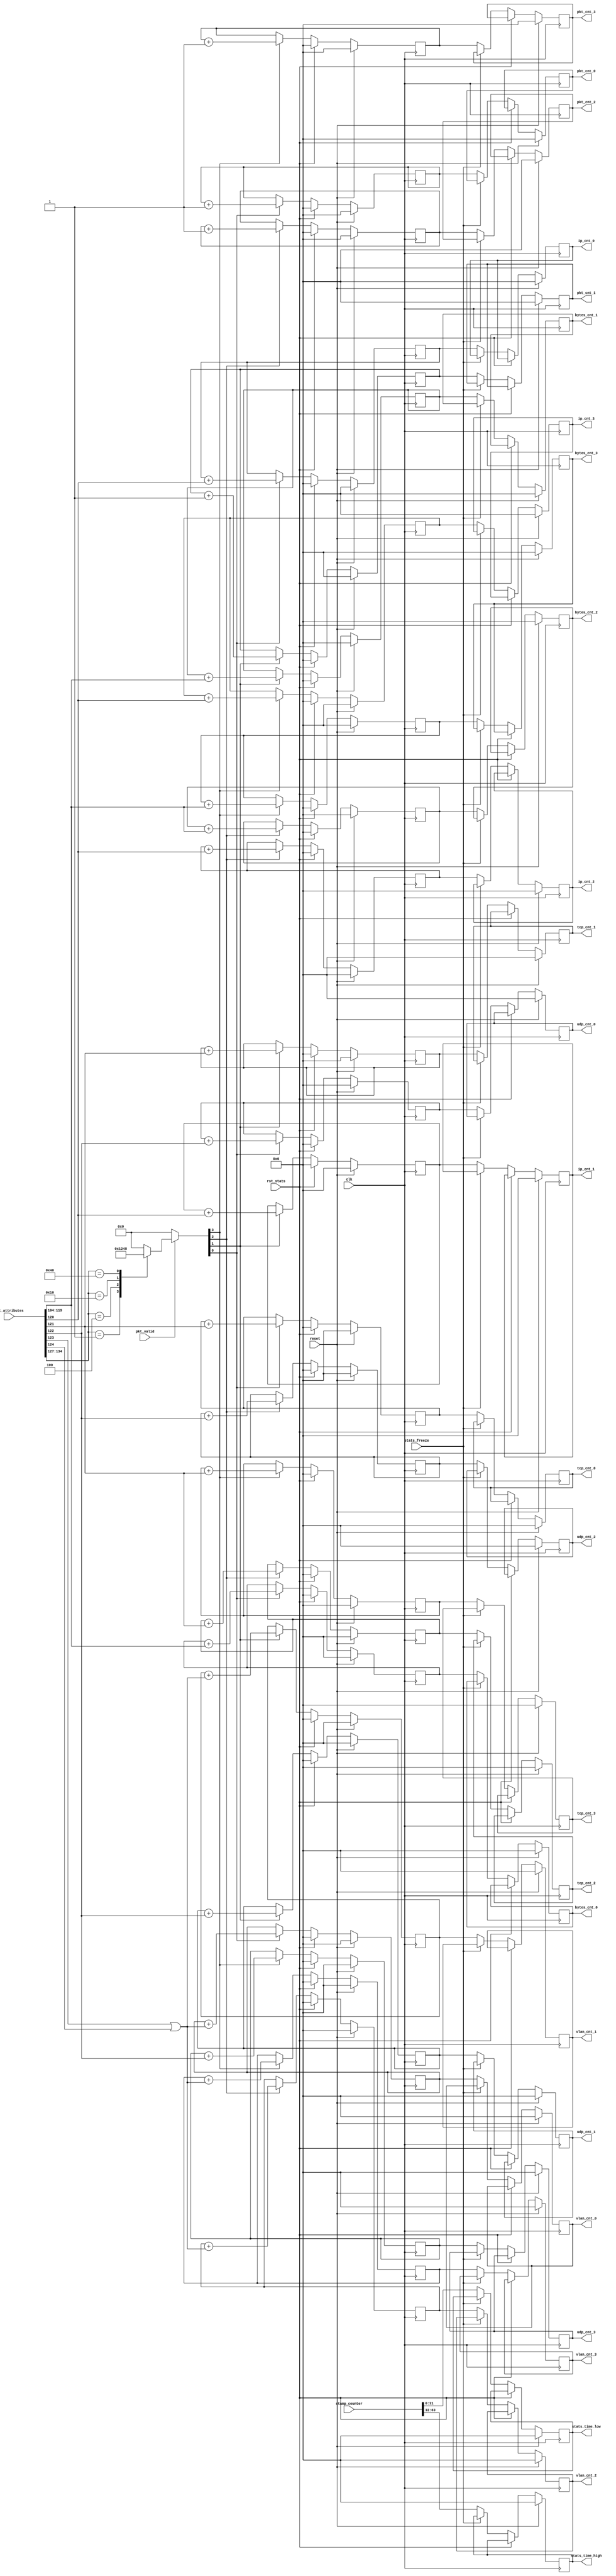
//
// Copyright (C) 2010, 2011 The Board of Trustees of The Leland Stanford
// Junior University
// Copyright (c) 2016 University of Cambridge
// All rights reserved.
//
// This software was developed by University of Cambridge Computer Laboratory
// under the ENDEAVOUR project (grant agreement 644960) as part of
// the European Union's Horizon 2020 research and innovation programme.
//
// @NETFPGA_LICENSE_HEADER_START@
//
// Licensed to NetFPGA Open Systems C.I.C. (NetFPGA) under one or more
// contributor license agreements. See the NOTICE file distributed with this
// work for additional information regarding copyright ownership. NetFPGA
// licenses this file to you under the NetFPGA Hardware-Software License,
// Version 1.0 (the License); you may not use this file except in compliance
// with the License.  You may obtain a copy of the License at:
//
// http://www.netfpga-cic.org
//
// Unless required by applicable law or agreed to in writing, Work distributed
// under the License is distributed on an "AS IS" BASIS, WITHOUT WARRANTIES OR
// CONDITIONS OF ANY KIND, either express or implied. See the License for the
// specific language governing permissions and limitations under the License.
//
// @NETFPGA_LICENSE_HEADER_END@
/*******************************************************************************
 *  File:
 *        stats_handler.v
 *
 *  Author:
 *        Gianni Antichi
 *
 *  Description:
 *        Hardwire the hardware interfaces to CPU and vice versa
 */

	module stats_handler
	#(
		parameter C_S_AXI_DATA_WIDTH = 32,
    		parameter TIMESTAMP_WIDTH =64,
		parameter ATTRIBUTE_DATA_WIDTH = 135,
		parameter NUM_INPUT_QUEUES =8,
		parameter TUPLE_WIDTH = 104,
		parameter BYTES_COUNT_WIDTH = 16
	)
	(
    	// Global Ports
    		input clk,
    		input reset,

	// packet attributes
		input [ATTRIBUTE_DATA_WIDTH-1:0] pkt_attributes,
		input	pkt_valid,

	// statistics	
                output [C_S_AXI_DATA_WIDTH-1:0] pkt_cnt_0,
                output [C_S_AXI_DATA_WIDTH-1:0] pkt_cnt_1,
                output [C_S_AXI_DATA_WIDTH-1:0] pkt_cnt_2,
                output [C_S_AXI_DATA_WIDTH-1:0] pkt_cnt_3,

                output [C_S_AXI_DATA_WIDTH-1:0] bytes_cnt_0,
                output [C_S_AXI_DATA_WIDTH-1:0] bytes_cnt_1,
                output [C_S_AXI_DATA_WIDTH-1:0] bytes_cnt_2,
                output [C_S_AXI_DATA_WIDTH-1:0] bytes_cnt_3,

                output [C_S_AXI_DATA_WIDTH-1:0] vlan_cnt_0,
                output [C_S_AXI_DATA_WIDTH-1:0] vlan_cnt_1,
                output [C_S_AXI_DATA_WIDTH-1:0] vlan_cnt_2,
                output [C_S_AXI_DATA_WIDTH-1:0] vlan_cnt_3,

                output [C_S_AXI_DATA_WIDTH-1:0] ip_cnt_0,
                output [C_S_AXI_DATA_WIDTH-1:0] ip_cnt_1,
                output [C_S_AXI_DATA_WIDTH-1:0] ip_cnt_2,
                output [C_S_AXI_DATA_WIDTH-1:0] ip_cnt_3,

                output [C_S_AXI_DATA_WIDTH-1:0] udp_cnt_0,
                output [C_S_AXI_DATA_WIDTH-1:0] udp_cnt_1,
                output [C_S_AXI_DATA_WIDTH-1:0] udp_cnt_2,
                output [C_S_AXI_DATA_WIDTH-1:0] udp_cnt_3,

                output [C_S_AXI_DATA_WIDTH-1:0] tcp_cnt_0,
                output [C_S_AXI_DATA_WIDTH-1:0] tcp_cnt_1,
                output [C_S_AXI_DATA_WIDTH-1:0] tcp_cnt_2,
                output [C_S_AXI_DATA_WIDTH-1:0] tcp_cnt_3,

                output [C_S_AXI_DATA_WIDTH-1:0] stats_time_high,
                output [C_S_AXI_DATA_WIDTH-1:0] stats_time_low,
 
	// stamp counter
                input [TIMESTAMP_WIDTH-1:0]     stamp_counter,

	// misc stats
                input                           stats_freeze,
                input                           rst_stats
	);

	//--------------------- Internal Parameter-------------------------

	localparam PHY0 = 8'b0000_0001;
	localparam PHY1 = 8'b0000_0100;
	localparam PHY2 = 8'b0001_0000;
	localparam PHY3 = 8'b0100_0000;

	localparam NUM_PHY = 4;

	localparam FLAG_IP = TUPLE_WIDTH+BYTES_COUNT_WIDTH;
	localparam FLAG_TCP = FLAG_IP + 1;
	localparam FLAG_UDP = FLAG_IP + 2;
	localparam FLAG_VLAN_Q = FLAG_IP + 3;
	localparam FLAG_VLAN_AD = FLAG_IP + 4;  

  	//---------------------- Wires and regs---------------------------

	reg [C_S_AXI_DATA_WIDTH-1:0] pkt_cnt [NUM_PHY-1:0];
        reg [C_S_AXI_DATA_WIDTH-1:0] bytes_cnt [NUM_PHY-1:0];
        reg [C_S_AXI_DATA_WIDTH-1:0] vlan_cnt [NUM_PHY-1:0];
        reg [C_S_AXI_DATA_WIDTH-1:0] ip_cnt [NUM_PHY-1:0];
        reg [C_S_AXI_DATA_WIDTH-1:0] tcp_cnt [NUM_PHY-1:0];
        reg [C_S_AXI_DATA_WIDTH-1:0] udp_cnt [NUM_PHY-1:0];

        reg [C_S_AXI_DATA_WIDTH-1:0] pkt_cnt_tmp [NUM_PHY-1:0];
        reg [C_S_AXI_DATA_WIDTH-1:0] bytes_cnt_tmp [NUM_PHY-1:0];
        reg [C_S_AXI_DATA_WIDTH-1:0] vlan_cnt_tmp [NUM_PHY-1:0];
        reg [C_S_AXI_DATA_WIDTH-1:0] ip_cnt_tmp [NUM_PHY-1:0];
        reg [C_S_AXI_DATA_WIDTH-1:0] tcp_cnt_tmp [NUM_PHY-1:0];
        reg [C_S_AXI_DATA_WIDTH-1:0] udp_cnt_tmp [NUM_PHY-1:0];

	reg [C_S_AXI_DATA_WIDTH-1:0] time_high_tmp;
        reg [C_S_AXI_DATA_WIDTH-1:0] time_low_tmp;
 
        reg [C_S_AXI_DATA_WIDTH-1:0] pkt_cnt_tmp_next [NUM_PHY-1:0];
        reg [C_S_AXI_DATA_WIDTH-1:0] bytes_cnt_tmp_next [NUM_PHY-1:0];
        reg [C_S_AXI_DATA_WIDTH-1:0] vlan_cnt_tmp_next [NUM_PHY-1:0];
        reg [C_S_AXI_DATA_WIDTH-1:0] ip_cnt_tmp_next [NUM_PHY-1:0];
        reg [C_S_AXI_DATA_WIDTH-1:0] tcp_cnt_tmp_next [NUM_PHY-1:0];
        reg [C_S_AXI_DATA_WIDTH-1:0] udp_cnt_tmp_next [NUM_PHY-1:0];

        reg [C_S_AXI_DATA_WIDTH-1:0] time_high_tmp_next;
        reg [C_S_AXI_DATA_WIDTH-1:0] time_low_tmp_next;


	wire [NUM_INPUT_QUEUES-1:0]  pkt_src;
	wire [BYTES_COUNT_WIDTH-1:0] bytes;
	wire	                     is_ip;
	wire			     is_vlan;
	wire			     is_udp;
	wire			     is_tcp;

	reg [NUM_PHY-1:0] 	     valid_phy;

	integer	i;

        //---------------------- Logic ---------------------------


  	always @ (*) begin
        	valid_phy = 2'd0;
        	if(pkt_valid) begin
                	case(pkt_src)
                        	8'b00000001: valid_phy = 'h1;
                        	8'b00000100: valid_phy = 'h2;
                        	8'b00010000: valid_phy = 'h4;
                        	8'b01000000: valid_phy = 'h8;
                        	default    : valid_phy = 'h0;
                	endcase
        	end
   	end

	assign pkt_src = pkt_attributes[ATTRIBUTE_DATA_WIDTH-1:ATTRIBUTE_DATA_WIDTH-NUM_INPUT_QUEUES];
	assign bytes   = pkt_attributes[TUPLE_WIDTH+BYTES_COUNT_WIDTH-1:TUPLE_WIDTH];
	assign is_ip   = (pkt_attributes[FLAG_IP]);
	assign is_tcp  = (pkt_attributes[FLAG_TCP]);
	assign is_udp  = (pkt_attributes[FLAG_UDP]);
	assign is_vlan = (pkt_attributes[FLAG_VLAN_Q] | pkt_attributes[FLAG_VLAN_AD]);



	generate
	genvar k;
	for(k=0;k<NUM_PHY;k=k+1) begin: statistics_freeze
		always@(pkt_cnt[k],bytes_cnt[k],vlan_cnt[k],ip_cnt[k],tcp_cnt[k],udp_cnt[k],stats_freeze,pkt_cnt_tmp[k],bytes_cnt_tmp[k],vlan_cnt_tmp[k],ip_cnt_tmp[k],tcp_cnt_tmp[k],udp_cnt_tmp[k])begin
	//	always@(*)begin
			if(!stats_freeze) begin
				pkt_cnt_tmp_next[k] = pkt_cnt[k];
                        	bytes_cnt_tmp_next[k] = bytes_cnt[k];
                        	vlan_cnt_tmp_next[k] = vlan_cnt[k];
                        	ip_cnt_tmp_next[k] = ip_cnt[k];
                        	tcp_cnt_tmp_next[k] = tcp_cnt[k];
                        	udp_cnt_tmp_next[k] = udp_cnt[k];
			end
			else begin
                                pkt_cnt_tmp_next[k] = pkt_cnt_tmp[k];
                                bytes_cnt_tmp_next[k] = bytes_cnt_tmp[k];
                                vlan_cnt_tmp_next[k] = vlan_cnt_tmp[k];
                                ip_cnt_tmp_next[k] = ip_cnt_tmp[k];
                                tcp_cnt_tmp_next[k] = tcp_cnt_tmp[k];
                                udp_cnt_tmp_next[k] = udp_cnt_tmp[k];
                        end			
		 end
	end
	endgenerate

	always@(*) begin
		if(!stats_freeze) begin
			time_high_tmp_next = stamp_counter[TIMESTAMP_WIDTH-1:32];
                        time_low_tmp_next = stamp_counter[31:0];
		end
		else begin
			time_high_tmp_next = time_high_tmp;
                        time_low_tmp_next = time_low_tmp;
		end
	end

  	always @ (posedge clk) begin
    		if (reset) begin
			for(i=0;i<NUM_PHY;i=i+1) begin
				pkt_cnt[i] <= {C_S_AXI_DATA_WIDTH{1'b0}};
                                bytes_cnt[i] <= {C_S_AXI_DATA_WIDTH{1'b0}};
                                vlan_cnt[i] <= {C_S_AXI_DATA_WIDTH{1'b0}};
                                ip_cnt[i] <= {C_S_AXI_DATA_WIDTH{1'b0}};
                                tcp_cnt[i] <= {C_S_AXI_DATA_WIDTH{1'b0}};
                                udp_cnt[i] <= {C_S_AXI_DATA_WIDTH{1'b0}};

                                pkt_cnt_tmp[i] <= {C_S_AXI_DATA_WIDTH{1'b0}};
                                bytes_cnt_tmp[i] <= {C_S_AXI_DATA_WIDTH{1'b0}};
                                vlan_cnt_tmp[i] <= {C_S_AXI_DATA_WIDTH{1'b0}};
                                ip_cnt_tmp[i] <= {C_S_AXI_DATA_WIDTH{1'b0}};
                                tcp_cnt_tmp[i] <= {C_S_AXI_DATA_WIDTH{1'b0}};
                                udp_cnt_tmp[i] <= {C_S_AXI_DATA_WIDTH{1'b0}};
			end

			time_high_tmp <= {C_S_AXI_DATA_WIDTH{1'b0}};
                        time_low_tmp <= {C_S_AXI_DATA_WIDTH{1'b0}};
		end
    		else if (rst_stats) begin    
			for(i=0;i<NUM_PHY;i=i+1) begin
                                pkt_cnt[i] <= {C_S_AXI_DATA_WIDTH{1'b0}};
                                bytes_cnt[i] <= {C_S_AXI_DATA_WIDTH{1'b0}};
                                vlan_cnt[i] <= {C_S_AXI_DATA_WIDTH{1'b0}};
                                ip_cnt[i] <= {C_S_AXI_DATA_WIDTH{1'b0}};
                                tcp_cnt[i] <= {C_S_AXI_DATA_WIDTH{1'b0}};
                                udp_cnt[i] <= {C_S_AXI_DATA_WIDTH{1'b0}};
                        end
		end
    		else begin
			for(i=0;i<NUM_PHY;i=i+1) begin
				if(valid_phy[i]) begin
                                	pkt_cnt[i] <= pkt_cnt[i]+1;
                                	bytes_cnt[i] <= bytes_cnt[i]+bytes;
                                	vlan_cnt[i] <= vlan_cnt[i]+is_vlan;
                                	ip_cnt[i] <= ip_cnt[i]+is_ip;
                                	tcp_cnt[i] <= tcp_cnt[i]+is_tcp;
                                	udp_cnt[i] <= udp_cnt[i]+is_udp;
				end
                                pkt_cnt_tmp[i] <= pkt_cnt_tmp_next[i];
                                bytes_cnt_tmp[i] <= bytes_cnt_tmp_next[i];
                                vlan_cnt_tmp[i] <= vlan_cnt_tmp_next[i];
                                ip_cnt_tmp[i] <= ip_cnt_tmp_next[i];
                                tcp_cnt_tmp[i] <= tcp_cnt_tmp_next[i];
                                udp_cnt_tmp[i] <= udp_cnt_tmp_next[i];
			end
			time_high_tmp <= time_high_tmp_next;
			time_low_tmp <= time_low_tmp_next;
		end
	end


	// demultiplex the statistics
	assign pkt_cnt_0 = pkt_cnt_tmp[0];
        assign pkt_cnt_1 = pkt_cnt_tmp[1];
        assign pkt_cnt_2 = pkt_cnt_tmp[2];
        assign pkt_cnt_3 = pkt_cnt_tmp[3];			
	
        assign bytes_cnt_0 = bytes_cnt_tmp[0];
        assign bytes_cnt_1 = bytes_cnt_tmp[1];
        assign bytes_cnt_2 = bytes_cnt_tmp[2];
        assign bytes_cnt_3 = bytes_cnt_tmp[3];

        assign vlan_cnt_0 = vlan_cnt_tmp[0];
        assign vlan_cnt_1 = vlan_cnt_tmp[1];
        assign vlan_cnt_2 = vlan_cnt_tmp[2];
        assign vlan_cnt_3 = vlan_cnt_tmp[3];

        assign ip_cnt_0 = ip_cnt_tmp[0];
        assign ip_cnt_1 = ip_cnt_tmp[1];
        assign ip_cnt_2 = ip_cnt_tmp[2];
        assign ip_cnt_3 = ip_cnt_tmp[3];

        assign tcp_cnt_0 = tcp_cnt_tmp[0];
        assign tcp_cnt_1 = tcp_cnt_tmp[1];
        assign tcp_cnt_2 = tcp_cnt_tmp[2];
        assign tcp_cnt_3 = tcp_cnt_tmp[3];

        assign udp_cnt_0 = udp_cnt_tmp[0];
        assign udp_cnt_1 = udp_cnt_tmp[1];
        assign udp_cnt_2 = udp_cnt_tmp[2];
        assign udp_cnt_3 = udp_cnt_tmp[3];

	assign stats_time_high = time_high_tmp;
        assign stats_time_low = time_low_tmp;
 
endmodule // stats_handler